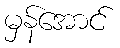
မှန်အောင်